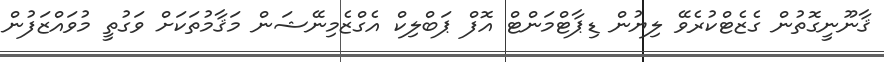
ޤާނޫނީގޮތުން ގެޒެޓްކުރެވޭ ލިޔުން ޑިޕާޓްމަންޓް އޮފް ޕަބްލިކް އެގްޒެމިނޭޝަން މަޤާމުތަކަށް ވަގުތީ މުވައްޒަފުން